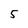
Character: 5